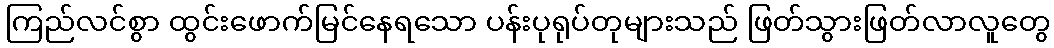
ကြည်လင်စွာ ထွင်းဖောက်မြင်နေရသော ပန်းပုရုပ်တုများသည် ဖြတ်သွားဖြတ်လာလူတွေ